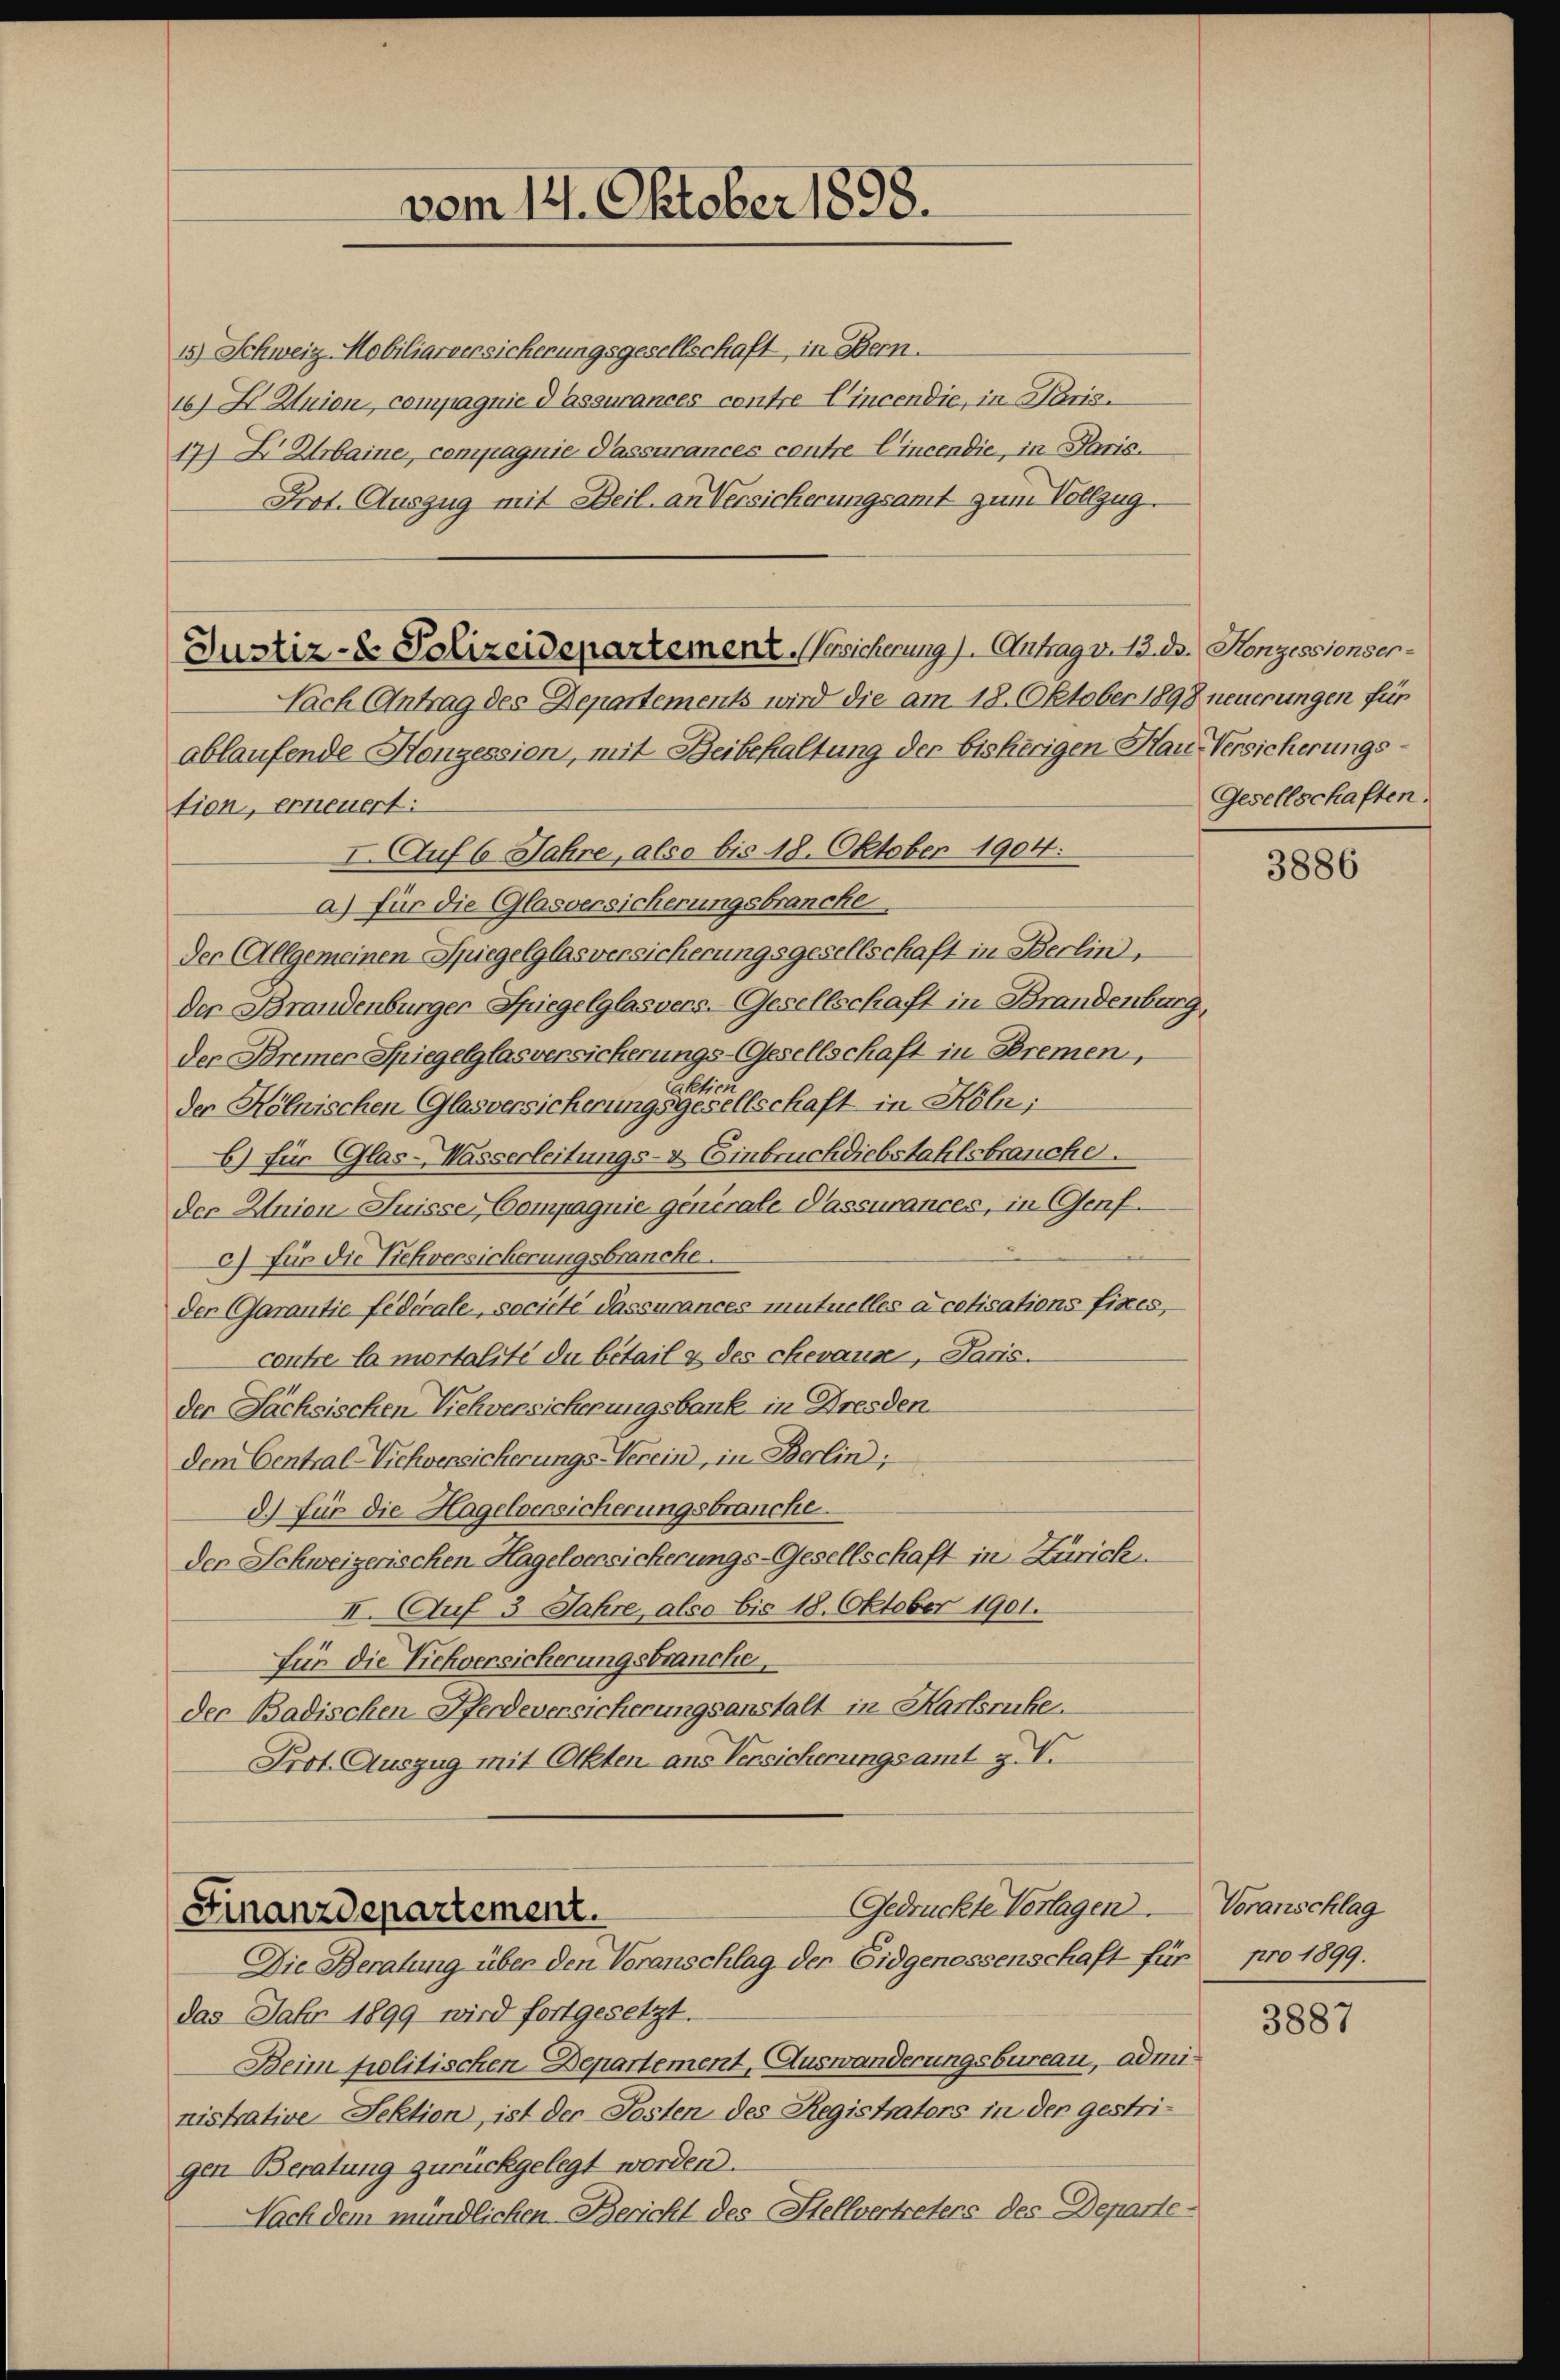
15.) Schweiz. Mobiliarversicherungsgesellschaft, in Bern.
16) X Znion, compagnie d assurances contre-Cincendie, in Paris.
17) X Urbaine, compagnie Passurances contre Cincendie, in Paris.
Prot. Auszug mit Beil, an Versicherungsamt zum Vollzug.

Justiz- & Polizeidepartement. Versicherung). Antrag v. 13. ds. Konzessionser¬

vom 121. Oktober 1898.

Nach (Antrag des Departements wird die am 18. Oktober 1898 neuerungen für
ablaufende Honzession, mit Beibehaltung der bisherigen Hau Versicherungstion, erneuert:
AAuf 6 Jahre, also bis 18. Oktober 1904:
a) für die Glasversicherungsbrancke
Der (Allgemeinen Spiegelglasversicherungsgesellschaft in Berlin,
Der Brandenburger-Spiegelglasvers-Gesellschaft in Brandenburg,
der Bremer Spiegelglasversicherungs-Gesellschaft in Bremen,
Aktien
der Kölnischen Glasversicherungsgesellschaft in Köln;
6) für Glas-Wasserleitungs- & Einbruch diebstahlsbrauche.
der Union Suisse Compagnie generale Passurances, in Genf
c) für die Viehversicherungsbranche
der Garantie fédérale, societe Passurances mutuelles à cetisations fixes,
contre la mortalité du bétail & des chevaux, Paris.
der Sachsischen Viehversicherungsbank in Dresden
dem Central-Viehversicherungs-Verein, in Berlin,
d.) Für die Hagelversicherungsbrauche.
den Schweizerischen Hagelversicherungs-Gesellschaft in Zürich.
II. Auf 3 Jahre, also bis 18. Oktober 1901.
Für die Viehversicherungsbranche
der Badischen Pferdeversicherungsanstalt in Karlsruhe.
Prot. Auszug mit Otten aus Versicherungsamt z.V.

Gedrückte Vorlagen.
Finanzdepartement.
Die Beratung über den Voranschlag der Eidgenossenschaft für pro 1899.

Gesellschaften.

das Jahr 1899 wird fortgesetzt.
Beim politischen Departement, Auswanderungsbureau, administrative Sektion, ist der Posten des Registraters in der gestrigen Beratung zurückgelegt worden.
Nach dem mündlichen Bericht des Stellvertreters des Departe¬

3886

Voranschlag

3887